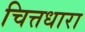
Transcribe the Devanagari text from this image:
चित्तधारा